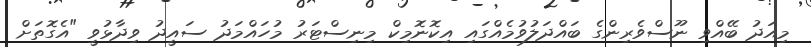
މިއަދު ބޭއްވި ނޫސްވެރިންގެ ބައްދަލުވުމެއްގައި އިކޮނޮމިކް މިނިސްޓަރު މުހައްމަދު ސައީދު ވިދާޅުވީ "އެގޮތަށް